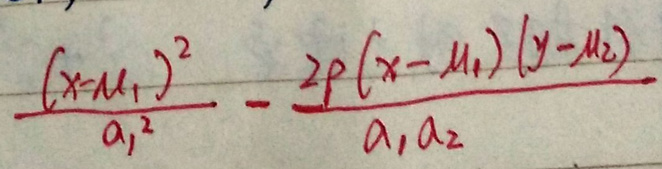
\frac{(x - \mu_1)^2}{a_1^2}-\frac{2\rho(x - \mu_1)(y - \mu_2)}{a_1a_2}